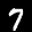
Label: 7